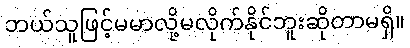
ဘယ်သူဖြင့်မမာလို့မလိုက်နိုင်ဘူးဆိုတာမရှိ။